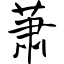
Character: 萧